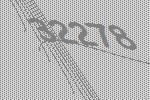
32278